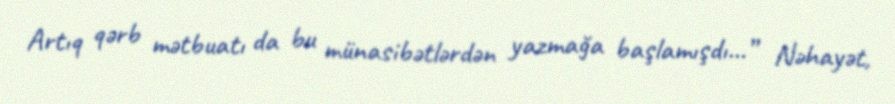
Artıq qərb mətbuatı da bu münasibətlərdən yazmağa başlamışdı...” Nəhayət,